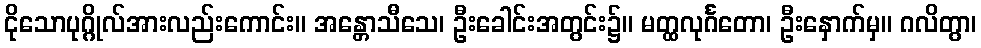
ငိုသောပုဂ္ဂိုလ်အားလည်းကောင်း။ အန္တောသီသေ၊ ဦးခေါင်းအတွင်း၌။ မတ္ထလုင်္ဂတော၊ ဦးနှောက်မှ။ ဂလိတွာ၊